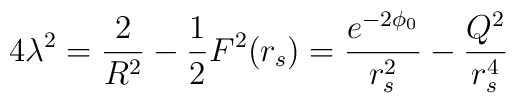
4 \lambda^{2} = \frac{2}{R^{2}} - \frac{1}{2}F^{2}(r_{s}) =\frac{e^{-2\phi_{0}}}{r_{s}^{2}} - \frac{Q^{2}}{r_{s}^{4}}